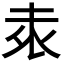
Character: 𭎕